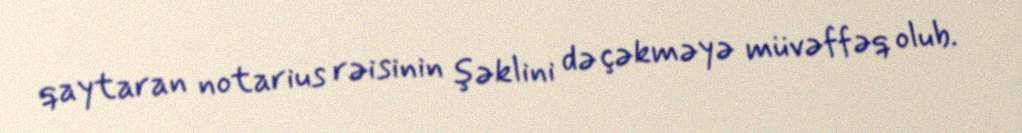
qaytaran notarius rəisinin şəklini də çəkməyə müvəffəq olub.